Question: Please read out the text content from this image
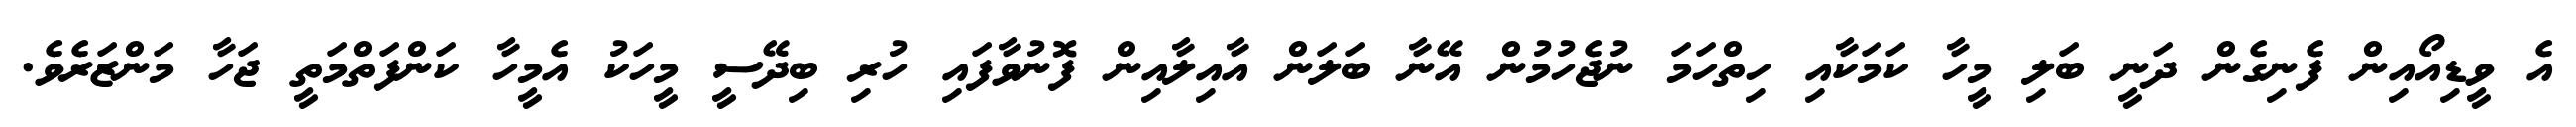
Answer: އެ ވީޑިއޯއިން ފެނިގެން ދަނީ ބަލި މީހާ ކަމަކާއި ހިތްހަމަ ނުޖެހުމުން އޭނާ ބަލަން އާއިލާއިން ފޮނުވާފައި ހުރި ބިދޭސީ މީހަކު އެމީހާ ކަންފަތްމަތީ ޖަހާ މަންޒަރެވެ.